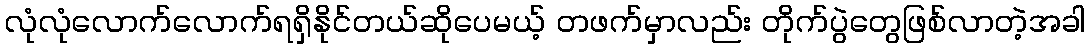
လုံလုံလောက်လောက်ရရှိနိုင်တယ်ဆိုပေမယ့် တဖက်မှာလည်း တိုက်ပွဲတွေဖြစ်လာတဲ့အခါ